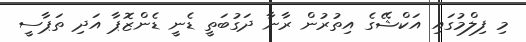
މި ފިލްމުގައި އަކްޝޭގެ އިތުރުން ރާނާ ދަގުބަތީ ޑެނީ ޑެންޒޮޕާ އަދި ތަޕާސީ